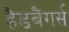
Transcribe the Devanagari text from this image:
हैडबैंगर्स